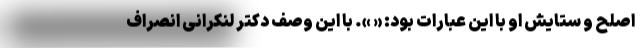
اصلح و ستایش او با این عبارات بود: « ». با این وصف دکتر لنکرانی انصراف